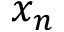
x _ { n }